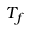
T _ { f }